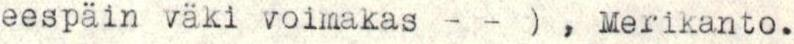
eespäin väki voimakas - - ) , Merikanto.